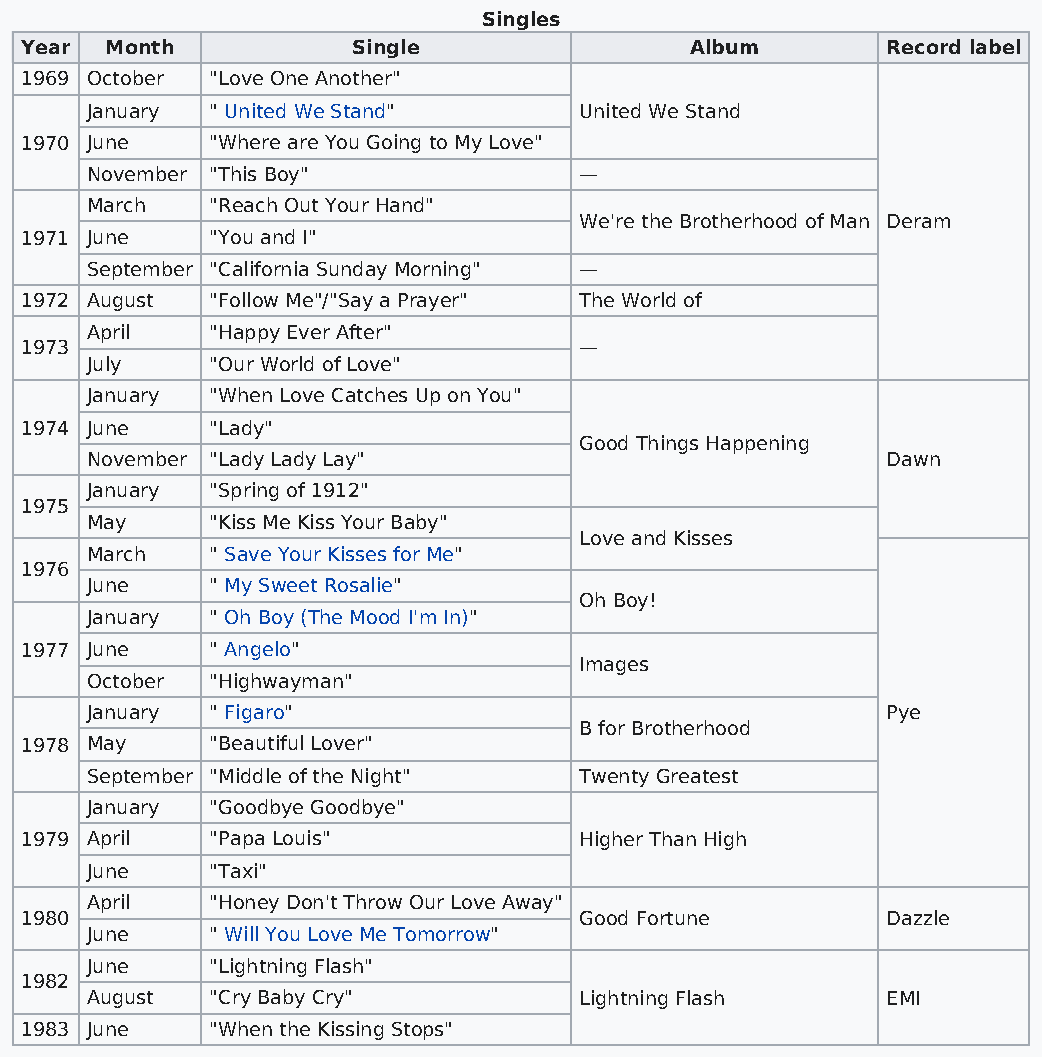
Singles
 Year  Month           Single                 Album        Record label
 1969 October "Love One Another"
 January " United We Stand"      United We Stand
 1970 June    "Where are You Going to My Love"
 November "This Boy"             —
 March   "Reach Out Your Hand"
 We're the Brotherhood of Man Deram
 1971 June    "You and I"
 September "California Sunday Morning" —
 1972 August  "Follow Me"/"Say a Prayer" The World of
 April   "Happy Ever After"
 1973                                 —
 July    "Our World of Love"
 January "When Love Catches Up on You"
 1974 June    "Lady"
 Good Things Happening
 November "Lady Lady Lay"                             Dawn
 January "Spring of 1912"
 1975
 May     "Kiss Me Kiss Your Baby"
 Love and Kisses
 March   " Save Your Kisses for Me"
 1976
 June    " My Sweet Rosalie"
 Oh Boy!
 January " Oh Boy (The Mood I'm In)"
 1977 June    " Angelo"
 Images
 October "Highwayman"
 January " Figaro"                                    Pye
 B for Brotherhood
 1978 May     "Beautiful Lover"
 September "Middle of the Night" Twenty Greatest
 January "Goodbye Goodbye"
 1979 April   "Papa Louis"            Higher Than High
 June    "Taxi"
 April   "Honey Don't Throw Our Love Away"
 1980                                 Good Fortune         Dazzle
 June    " Will You Love Me Tomorrow"
 June    "Lightning Flash"
 1982
 August  "Cry Baby Cry"          Lightning Flash      EMI
 1983 June    "When the Kissing Stops"